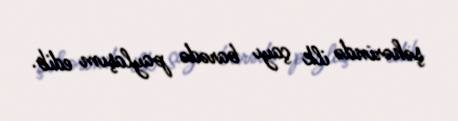
şəhərində ilk çayı barədə paylaşım edib.